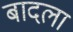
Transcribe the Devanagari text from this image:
बादला